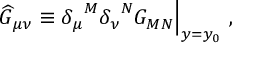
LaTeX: { \widehat G } _ { \mu \nu } \equiv { \delta _ { \mu } } ^ { M } { \delta _ { \nu } } ^ { N } G _ { M N } \Big | _ { y = y _ { 0 } } ~ ,